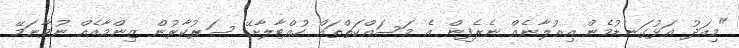
"މިއަދު އަޅުގަނޑުމެން އިއުލާނެއް ނެރެފިން އެ މަސައްކަތްތައް ހުއްޓާލާށޭ ސަރުކާރުން ޒިންމާއެއް ނުވާނަމޭ